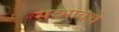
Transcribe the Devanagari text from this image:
सव्भावचे